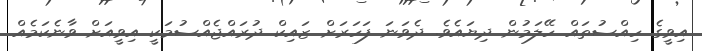
އިވީގެ ހިއްސުތައް ހޭލަމުން ދިޔައެވެ. ދެވަނަ ފަހަރަށް ޒައިކް ދުރައްޖެއްސުމަކީ އިވީއަށް ވާނެކަަމެއް